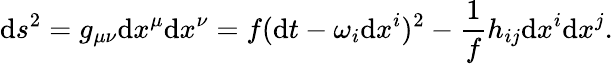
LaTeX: \mathrm{d}s^{2}=g_{\mu\nu}\mathrm{d}x^{\mu}\mathrm{d}x^{\nu}=f(\mathrm{d}t-\omega_{i}\mathrm{d}x^{i})^{2}-\frac{{1}}{{f}}h_{ij}\mathrm{d}x^{i}\mathrm{d}x^{j}.